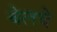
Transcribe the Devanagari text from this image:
बेलचे